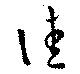
洼